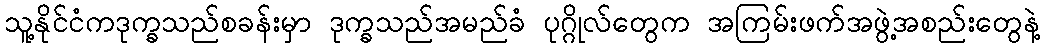
သူ့နိုင်ငံကဒုက္ခသည်စခန်းမှာ ဒုက္ခသည်အမည်ခံ ပုဂ္ဂိုလ်တွေက အကြမ်းဖက်အဖွဲ့အစည်းတွေနဲ့